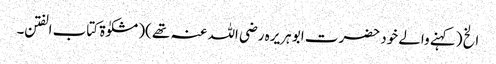
الخ (کہنے والے خود حضرت ابو ہریرہ رضی اللہ عنہ تھے )(مشکوٰۃ کتاب الفتن ۔